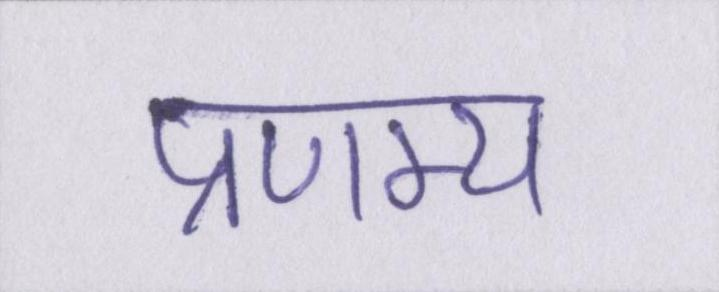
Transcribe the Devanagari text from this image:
प्रणम्य